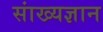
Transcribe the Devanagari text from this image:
सांख्यज्ञान